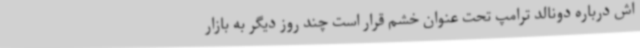
اش درباره دونالد ترامپ تحت عنوان خشم قرار است چند روز دیگر به بازار